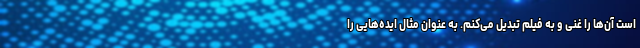
است آن‌ها را غنی و به فیلم تبدیل می‌کنم. به عنوان مثال ایده‌هایی را